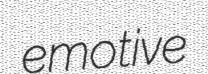
emotive